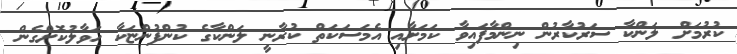
ކުރުމަށް ލަންކާ ސަރުކާރުން ނިންމާފައިވާ ކަމަށާއި އެމަސަކަތް ކުރާނީ ލަންކާގެ ކުންފުންޏަކާ ހަވާލުކޮށްގެން